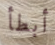
أبطأ